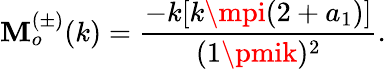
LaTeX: \mathbf{M}_{o}^{(\pm)}(k)=\frac{{-k[k\mpi(2+a_{1})]}}{{(1\pmik)^{2}}}.